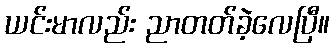
ယင်းမာလည်း ညာတတ်ခဲ့လေပြီ။